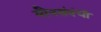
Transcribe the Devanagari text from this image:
यौनसंबंधी